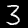
Digit: 3